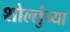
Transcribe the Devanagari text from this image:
शोल्लुंच्या